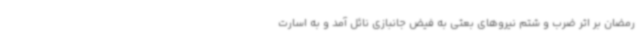
رمضان بر اثر ضرب و شتم نیروهای بعثی به فیض جانبازی نائل آمد و به اسارت